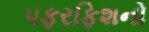
પફરફિશનો